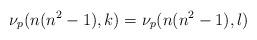
LaTeX: \begin{align*}\nu_p(n(n^2-1),k)=\nu_p(n(n^2-1),l)\end{align*}